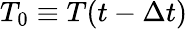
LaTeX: T_{0}\equiv T(t-\Delta t)